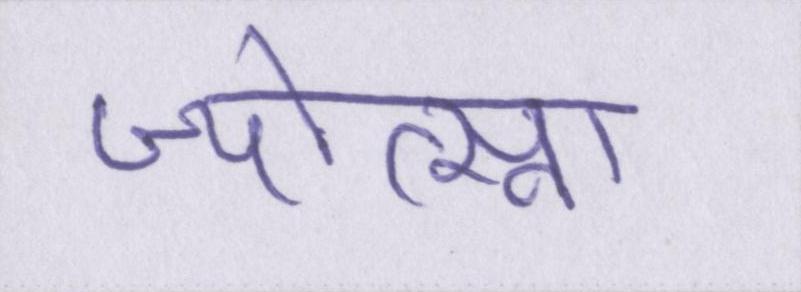
ज्योत्स्ना